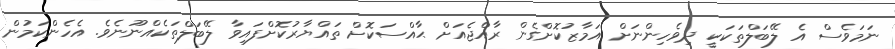
ނަމަވެސް އެ ލޭބަލްތަކަކީ ދިވެހިންނަށް އަމާޒުކޮށްގެން ރާއްޖެއަށް ޙާއްސަކޮށް ތައްޔާރުކޮށްފައިވާ ލޭބަލްތަކެއްނޫނެވެ. އެހެންކަމުން